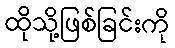
ထိုသို့ဖြစ်ခြင်းကို